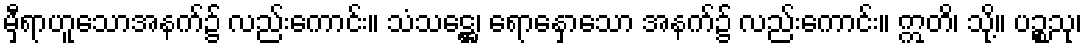
မှီရာဟူသောအနက်၌ လည်းကောင်း။ သံသဋ္ဌေ၊ ရောနှောသော အနက်၌ လည်းကောင်း။ ဣတိ၊ သို့။ ပဉ္စသု၊